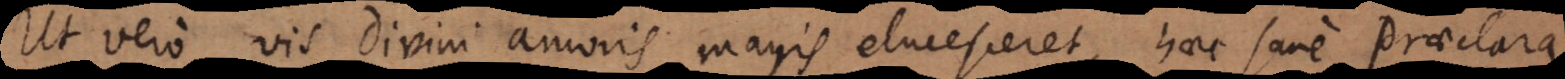
Ut vero vis divini amoris magis elucesceret, haec sane praeclara